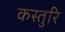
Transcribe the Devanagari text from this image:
कस्तुरि